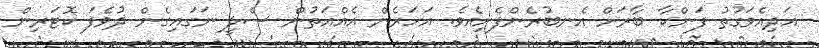
އަދިއެވަގުތު ފަންކާ ބާރަށް އެނބުރެންފެށިއެވެ. އަހަރެން އެއްއަތުން ސެލީ ނަގައިގެން ދުވެފަ ކޮޓަރިން